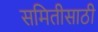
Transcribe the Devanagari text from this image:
समितीसाठी